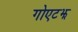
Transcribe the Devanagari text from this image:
गोएटझ